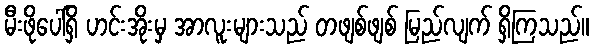
မီးဖိုပေါ်ရှိ ဟင်းအိုးမှ အာလူးများသည် တဖျစ်ဖျစ် မြည်လျက် ရှိကြသည်။